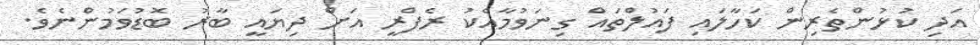
އަދި ކުޅުންތެރިން ކަހާލައި ފައުލްތައް ގިނަވުމާއެކު ރެފްރީ އަށް ދިޔައީ ބާރު ބޮޑުވަމުންނެވެ.